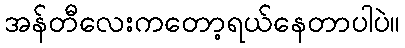
အန်တီလေးကတော့ရယ်နေတာပါပဲ။